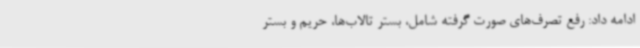
ادامه داد: رفع تصرف‌های صورت گرفته شامل، بستر تالاب‌ها، حریم و بستر